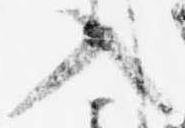
入